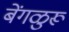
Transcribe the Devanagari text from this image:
बेंगळुरू